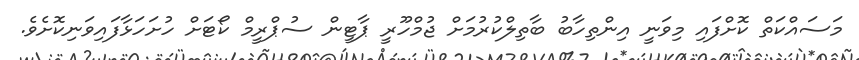
މަސައްކަތް ކޮށްފައި މިވަނީ އިންތިހާބު ބާތިލްކުރުމަށް ޖުމްހޫރީ ޕާޓީން ސުޕްރީމް ކޯޓަށް ހުށަހަޅާފައިވަނިކޮށެވެ.